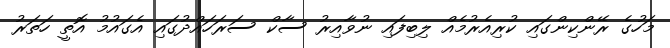
މަހުގެ ރޭންކިންގައި ކުރިއެރުމެއް ލިބިފައި ނުވާއިރު ސާކް ސަރަހައްދުގައި އެގައުމު އޮތީ ހަތަރު